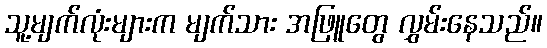
သူ့မျက်လုံးများက မျက်သား အဖြူတွေ လွှမ်းနေသည်။